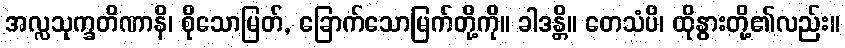
အလ္လသုက္ခတိဏာနိ၊ စိုသောမြတ်, ခြောက်သောမြက်တို့ကို။ ခါဒန္တိ။ တေသံပိ၊ ထိုနွားတို့၏လည်း။